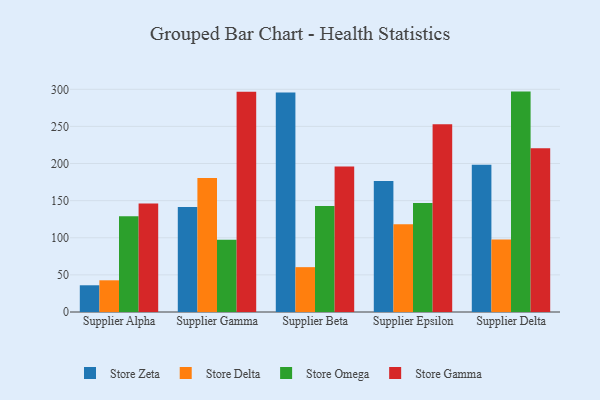
{"axis": {"x": "Supplier", "y": "Market Share (%)"}, "legend": ["Store Delta", "Store Gamma", "Store Omega", "Store Zeta"], "data": [{"x": "Supplier Alpha", "y": 36.0, "type": "Store Zeta"}, {"x": "Supplier Alpha", "y": 42.7, "type": "Store Delta"}, {"x": "Supplier Alpha", "y": 128.9, "type": "Store Omega"}, {"x": "Supplier Alpha", "y": 146.1, "type": "Store Gamma"}, {"x": "Supplier Gamma", "y": 141.4, "type": "Store Zeta"}, {"x": "Supplier Gamma", "y": 180.5, "type": "Store Delta"}, {"x": "Supplier Gamma", "y": 97.4, "type": "Store Omega"}, {"x": "Supplier Gamma", "y": 296.6, "type": "Store Gamma"}, {"x": "Supplier Beta", "y": 295.6, "type": "Store Zeta"}, {"x": "Supplier Beta", "y": 60.4, "type": "Store Delta"}, {"x": "Supplier Beta", "y": 142.7, "type": "Store Omega"}, {"x": "Supplier Beta", "y": 196.0, "type": "Store Gamma"}, {"x": "Supplier Epsilon", "y": 176.5, "type": "Store Zeta"}, {"x": "Supplier Epsilon", "y": 118.1, "type": "Store Delta"}, {"x": "Supplier Epsilon", "y": 146.7, "type": "Store Omega"}, {"x": "Supplier Epsilon", "y": 253.0, "type": "Store Gamma"}, {"x": "Supplier Delta", "y": 198.5, "type": "Store Zeta"}, {"x": "Supplier Delta", "y": 97.7, "type": "Store Delta"}, {"x": "Supplier Delta", "y": 296.9, "type": "Store Omega"}, {"x": "Supplier Delta", "y": 220.6, "type": "Store Gamma"}]}